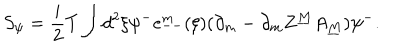
LaTeX: S _ { \psi } = { \frac { i } { 2 } } T \int d ^ { 2 } \xi \psi ^ { - } e _ { -- } ^ { m } ( \xi ) ( \partial _ { m } - \partial _ { m } Z ^ { \underline { { M } } } A _ { \underline { { M } } } ) \psi ^ { - } .